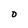
Character: D